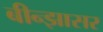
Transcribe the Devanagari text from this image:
बीन्झासर